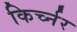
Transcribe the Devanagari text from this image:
किर्च्नर